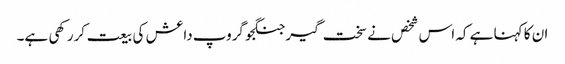
ان کا کہنا ہے کہ اس شخص نے سخت گیر جنگجو گروپ داعش کی بیعت کررکھی ہے۔